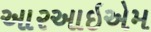
આરઆઇએમ